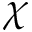
\chi